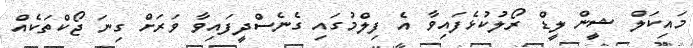
މައިކަލް ޝީން ލީޑް ރޯލުކުޅެފައިވާ އެ ފިލްމުގައި ގެނެސްދީފައިވާ ވަރަށް ގިނަ ޖޯކްތަކެއް